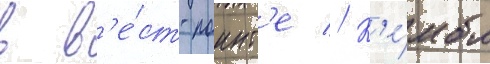
в в'е́ст-поинт'е // К'е́мбл